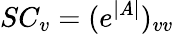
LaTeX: SC_{v}=(e^{|\mathit{A}|})_{vv}